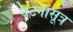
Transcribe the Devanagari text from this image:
घटनासूत्र